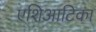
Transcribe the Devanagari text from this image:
एशिआटिका